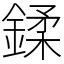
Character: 鍒